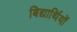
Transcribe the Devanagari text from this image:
बिद्यार्थियों